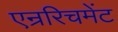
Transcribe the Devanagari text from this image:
एन्ररिचमेंट